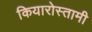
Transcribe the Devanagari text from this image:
कियारोस्तामी